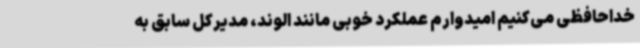
خداحافظی می‌کنیم امیدوارم عملکرد خوبی مانند الوند، مدیرکل سابق به